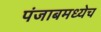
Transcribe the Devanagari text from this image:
पंजाबमध्येच